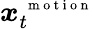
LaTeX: \boldsymbol x_{t}^{\mathrm{~\scriptsize~m~o~t~i~o~n~}}